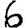
Digit: 6